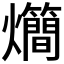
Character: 𤓃